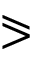
\eqslantgtr